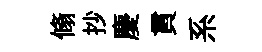
翛抄慶貫系